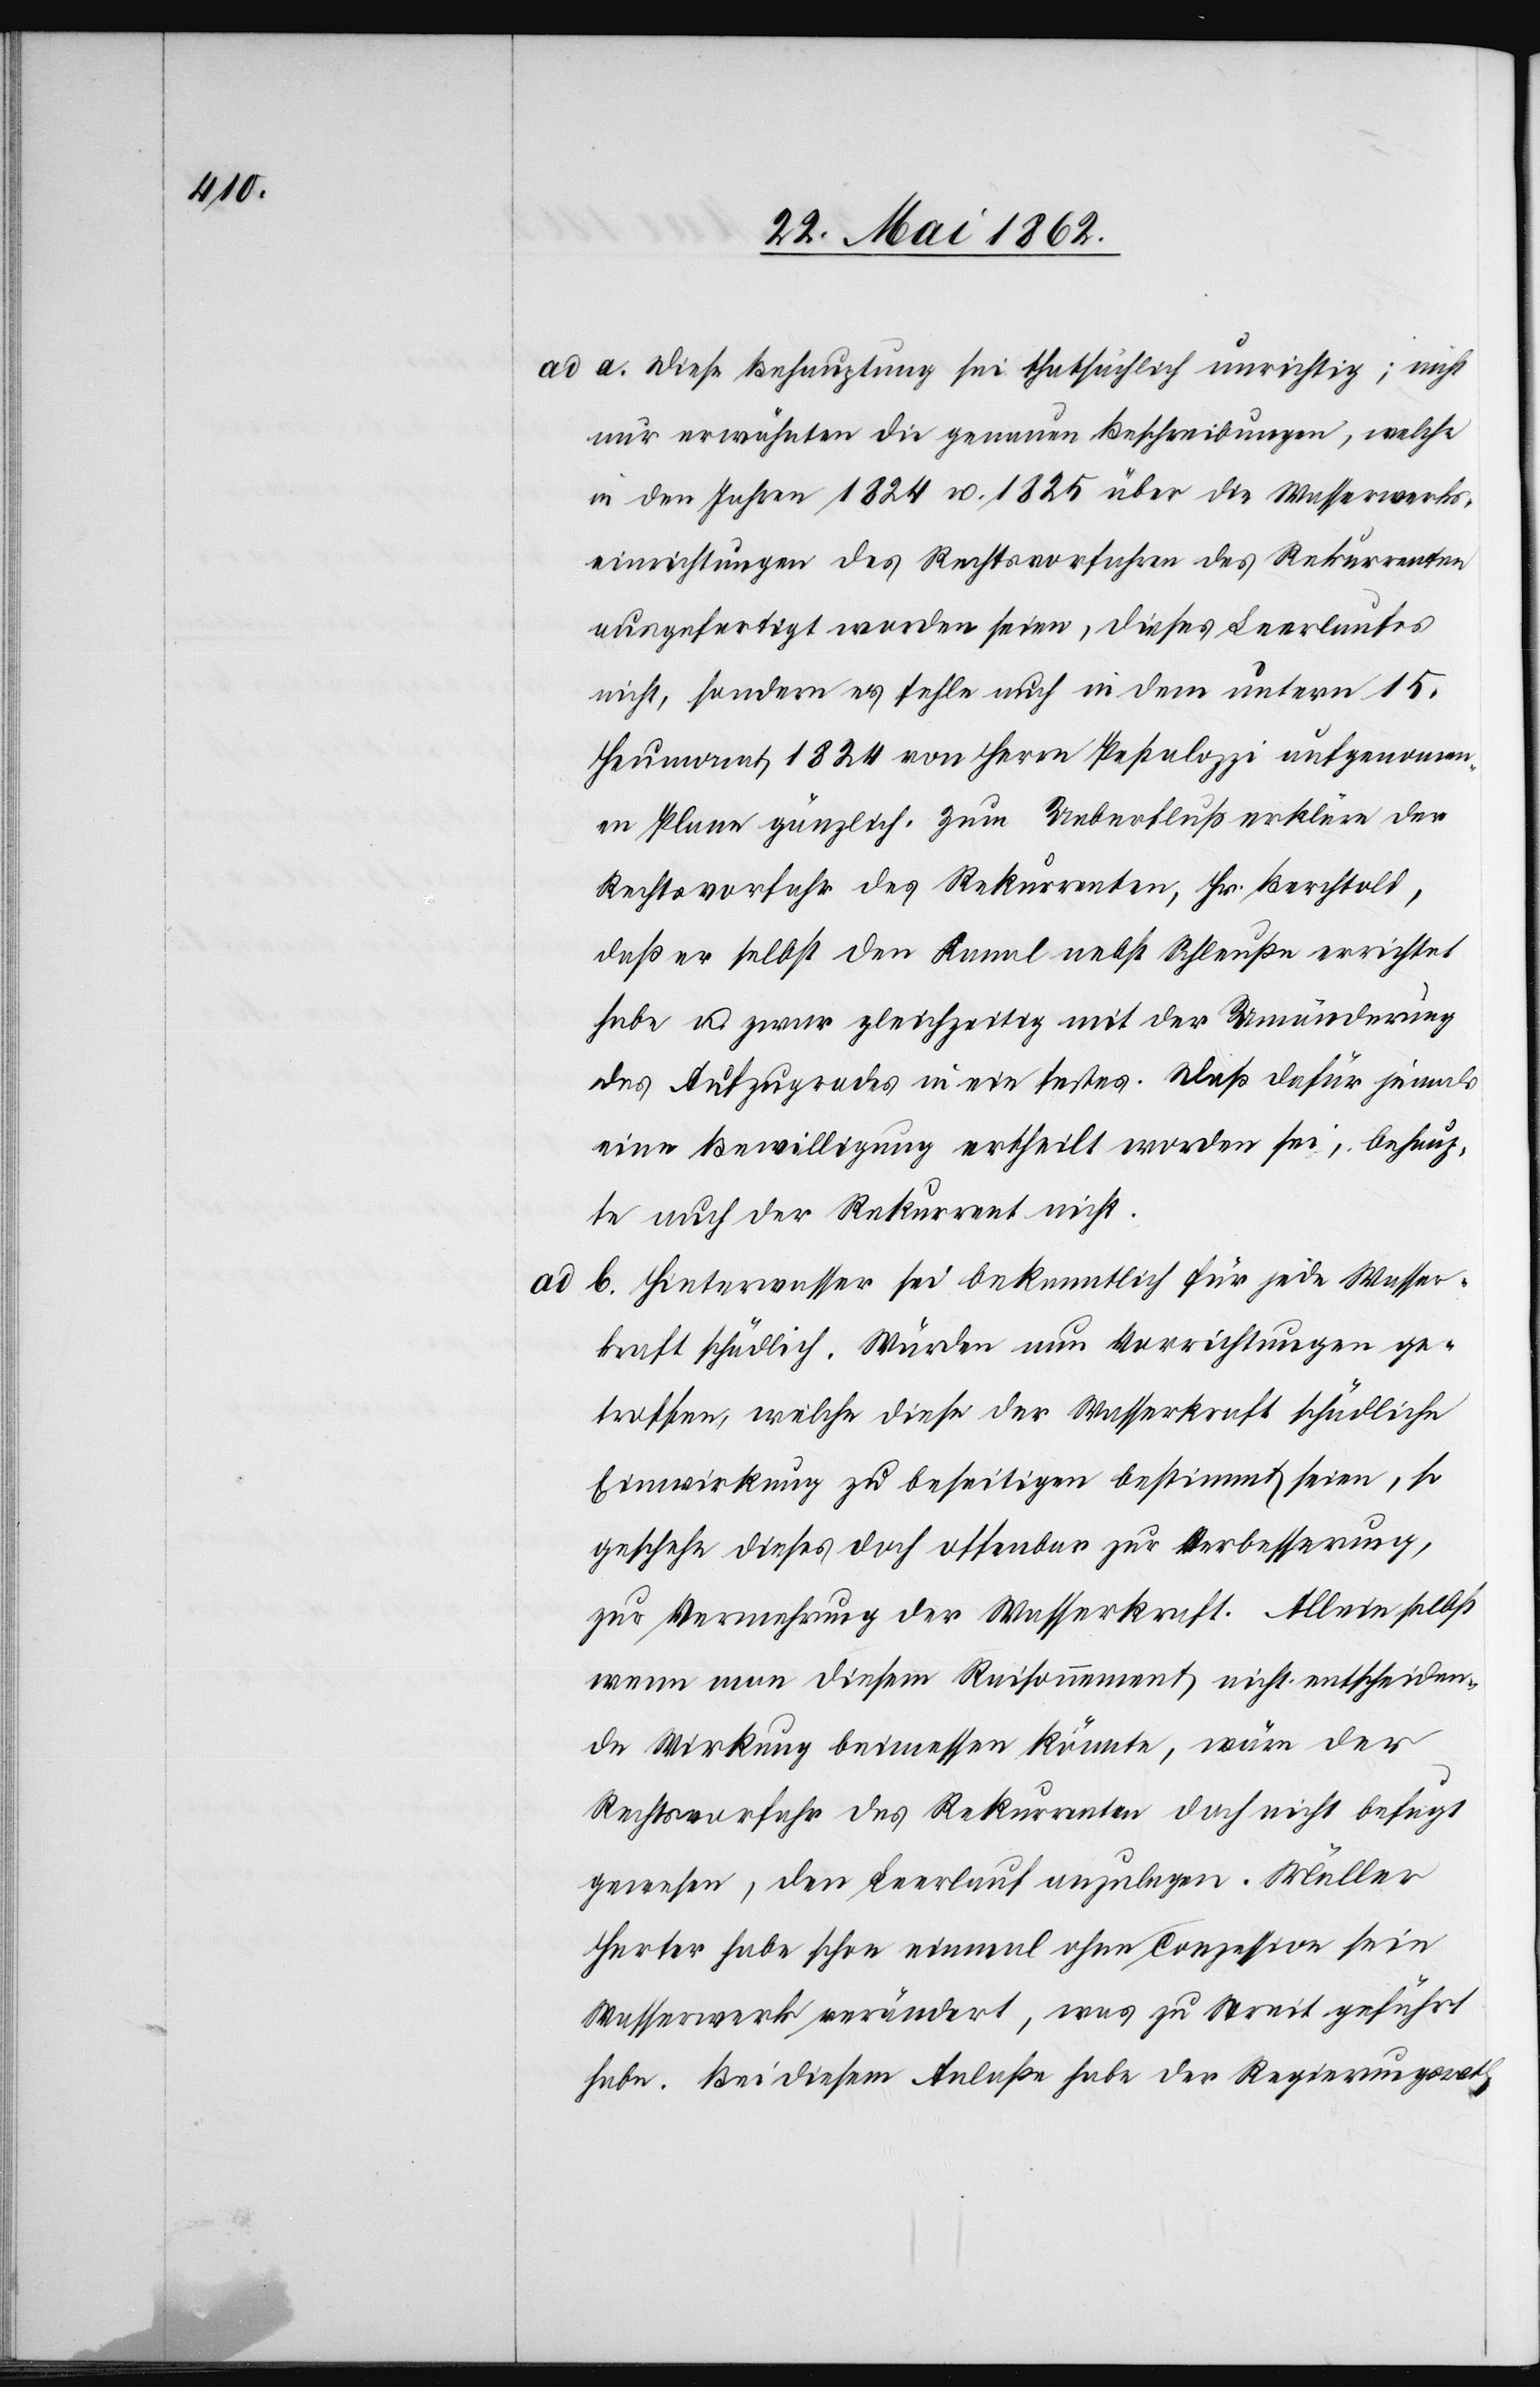
ad a. Diese Behauptung sei thatsächlich unrichtig; nicht
nur erwähnten die genauen Beschreibungen, welche
in den Jahren 1824 u. 1825 über die Wasserwerks¬
einrichtungen des Rechtsvorfahren des Rekurrenten
ausgefertigt worden seien, dieses Leerlaufes
nicht, sonder er fehle auch in dem unterm 15.
Heumonat 1824 von Herrn Pestalozzi aufgenommen¬
en Plane gänzlich. Zum Ueberfluß erkläre der
Rechtsvorfahr des Rekurrenten, Hr. Berchtold,
daß er selbst den Kanal nebst Schleußen errichtet
habe u. zwar gleichzeitig mit der Umänderung
des Aufzugsrades in ein festes. Daß dafür jemals
eine Bewilligung ertheilt worden sei, behaup¬
te auch der Rekurrent nicht.
b. Hinterwasser sei bekanntlich für jede Wasser¬
kraft schädlich. Würden nun Vorrichtungen ge¬
troffen, welche diese der Wasserkraft schädliche
Einwirkung zu beseitigen beistimmt seien, so
geschehe dieses doch offenbar zur Verbesserung,
zur Vermehrung der Wasserkraft. Allein selbst
wenn man diesem Raisonnement nicht entscheiden¬
de Wirkung beimessen könnte, wäre der
Rechtsvorfahr des Rekurrenten doch nicht befugt
gewesen, den Leerlauf anzulegen. Müller
Herter habe schon einmal ohne Conzession sein
Wasserwerk verändert, was zu Streit geführt
habe. Bei diesem Anlaße habe der Regierungsrath